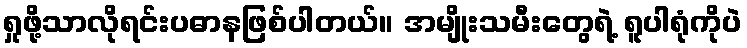
ရှုဖို့သာလိုရင်းပဓာနဖြစ်ပါတယ်။ အမျိုးသမီးတွေရဲ့ ရူပါရုံကိုပဲ